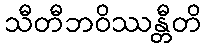
သီတီဘဝိဿန္တီတိ